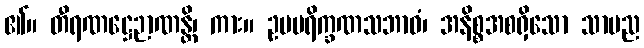
၏။ တီရဏဋ္ဌေဉာဏန္တိ၊ ကား။ ဥပပရိက္ခဏသဘာဝံ၊ အနိစ္စအစရှိသော သာမည